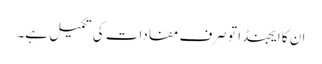
ان کا ایجنڈا تو صرف مفادات کی تکمیل ہے۔